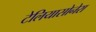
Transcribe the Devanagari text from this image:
टेलियासोनेरा